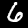
Label: 6